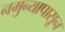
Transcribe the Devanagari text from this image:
नमुन्यापासून